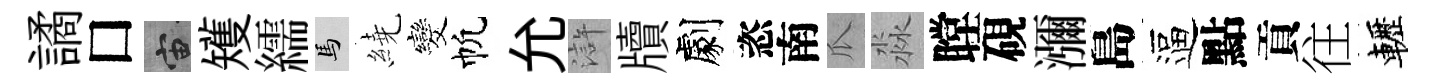
譎□宙矱繻馬繞发帆允滸牘劇恣南瓜淼瞠硯瀰島逼點貢往轣